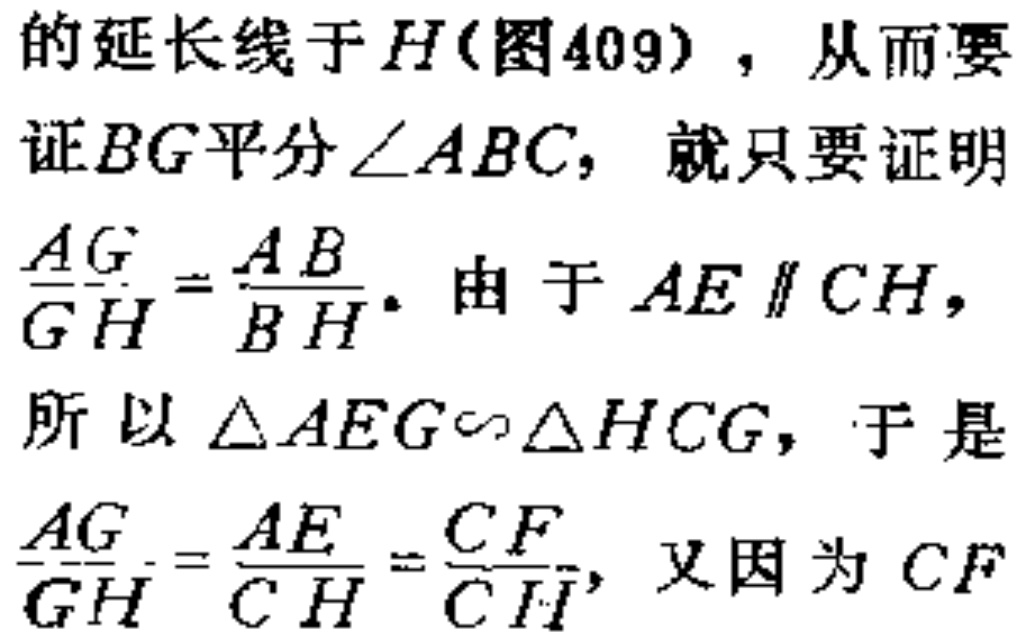
的延长线于\(H\)(图409)，从而要证\(BG\)平分\(\angle ABC\)，就只要证明\(\frac{AG}{GH}=\frac{AB}{BH}\)。由于\(AE \parallel CH\)，所以\(\triangle AEG\sim\triangle HCG\)，于是\(\frac{AG}{GH}=\frac{AE}{CH}=\frac{CF}{CH}\)，又因为\(CF\)